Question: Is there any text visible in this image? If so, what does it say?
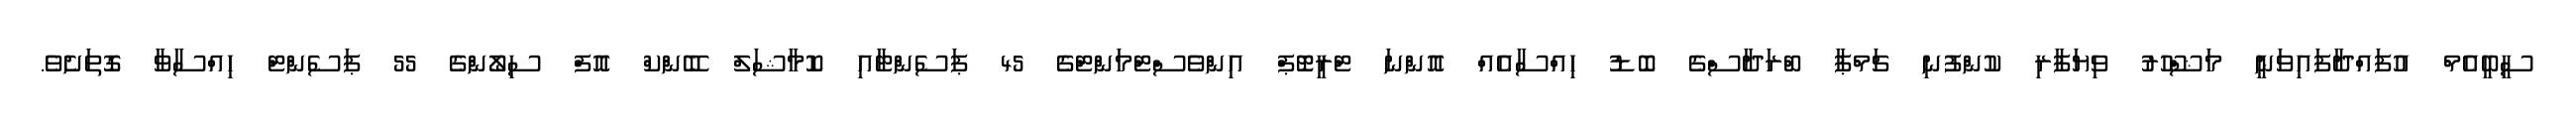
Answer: ސީބީއެމް އުފައްދާފައިވަނީ މަޝްހޫރު ވިޔަފާރި ކުންފުނި ޗަމްޕާ ބްރަދާސްގެ ބޮޑު ހިއްސާއެއް އޮންނަ ޓްރީޓޮޕް އިންވެސްޓްމަންޓްގެ 45 ޕަސެންޓާއި ކޮމާޝަލް ބޭންކް އޮފް ސިލޯންގެ 55 ޕަސެންޓް ހިއްސާވާ ގޮތަށެވެ.